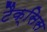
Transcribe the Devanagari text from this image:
टैक्सिस